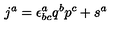
j ^ { a } = \epsilon _ { b c } ^ { a } q ^ { b } p ^ { c } + s ^ { a }